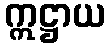
ဣဋ္ဌာယ